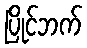
ပြိုင်ဘက်